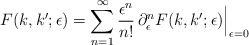
\begin{align*}F(k,k';\epsilon)=\sum_{n=1}^\infty \frac{\epsilon^n}{n!} \,{\partial_\epsilon^n F(k,k';\epsilon)}\Big|_{\epsilon=0}\end{align*}